Proceedings of the meeting of veterinary officers in India
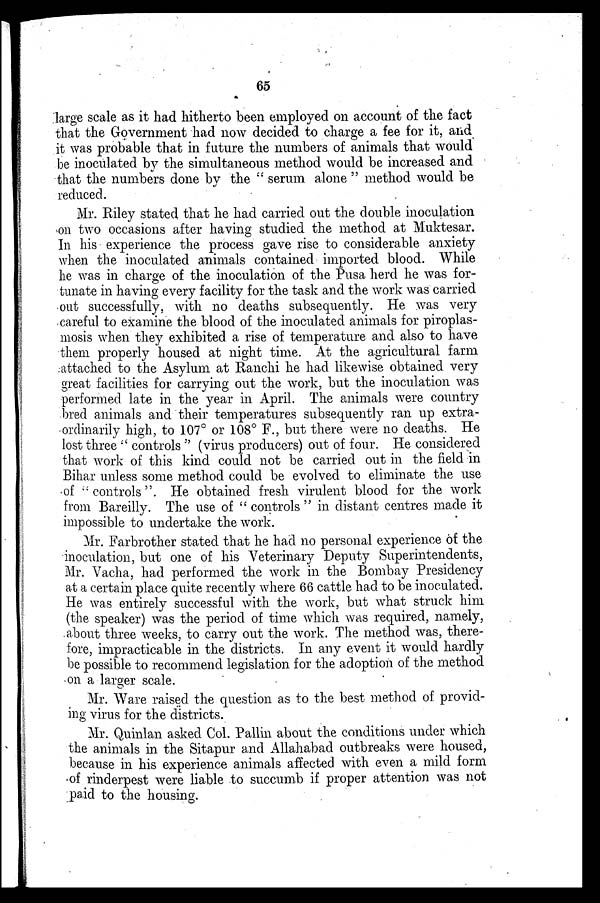
65
large scale as it had hitherto been employed on account of the fact
that the Government had now decided to charge a fee for it, and
it was probable that in future the numbers of animals that would
be inoculated by the simultaneous method would be increased and
that the numbers done by the "serum alone" method would be
reduced.
Mr. Riley stated that he had carried out the double inoculation
on two occasions after having studied the method at Muktesar.
In his experience the process gave rise to considerable anxiety
when the inoculated animals contained imported blood. While
he was in charge of the inoculation of the Pusa herd he was for-
tunate in having every facility for the task and the work was carried
out successfully, with no deaths subsequently. He was very
careful to examine the blood of the inoculated animals for piroplas-
mosis when they exhibited a rise of temperature and also to have
them properly housed at night time. At the agricultural farm
attached to the Asylum at Ranchi he had likewise obtained very
great facilities for carrying out the work, but the inoculation was
performed late in the year in April. The animals were country
bred animals and their temperatures subsequently ran up extra-
ordinarily high, to 107º or 108º F., but there were no deaths. He
lost three "controls" (virus producers) out of four. He considered
that work of this kind could not be carried out in the field in
Bihar unless some method could be evolved to eliminate the use
of "controls". He obtained fresh virulent blood for the work
from Bareilly. The use of "controls" in distant centres made it
impossible to undertake the work.
Mr. Farbrother stated that he had no personal experience of the
inoculation, but one of his Veterinary Deputy Superintendents,
Mr. Vacha, had performed the work in the Bombay Presidency
at a certain place quite recently where 66 cattle had to be inoculated.
He was entirely successful with the work, but what struck him
(the speaker) was the period of time which was required, namely,
about three weeks, to carry out the work. The method was, there-
fore, impracticable in the districts. In any event it would hardly
be possible to recommend legislation for the adoption of the method
on a larger scale.
Mr. Ware raised the question as to the best method of provid-
ing virus for the districts.
Mr. Quinlan asked Col. Pallin about the conditions under which
the animals in the Sitapur and Allahabad outbreaks were housed,
because in his experience animals affected with even a mild form
of rinderpest were liable to succumb if proper attention was not
paid to the housing.